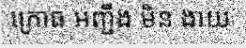
ក្រោធ អញ្ជឹង មិន ងាយ